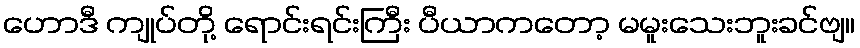
ဟောဒီ ကျုပ်တို့ ရောင်းရင်းကြီး ပီယာကတော့ မမူးသေးဘူးခင်ဗျ။